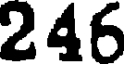
246